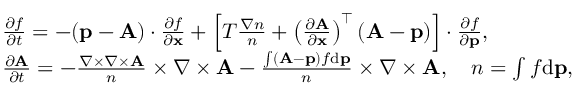
\begin{array} { r l } & { \frac { \partial f } { \partial t } = - ( { \mathbf p } - { \mathbf A } ) \cdot \frac { \partial f } { \partial { \mathbf x } } + \left[ T \frac { \nabla n } { n } + \left( \frac { \partial { \mathbf A } } { \partial \mathbf x } \right) ^ { \top } ( { \mathbf A } - { \mathbf p } ) \right] \cdot \frac { \partial f } { \partial { \mathbf p } } , } \\ & { \frac { \partial { \mathbf A } } { \partial t } = - \frac { \nabla \times \nabla \times { \mathbf A } } { n } \times { \nabla \times { \mathbf A } } - \frac { \int ( { \mathbf A } - { \mathbf p } ) f \mathrm { d } { \mathbf p } } { n } \times { \nabla \times { \mathbf A } } , \quad n = \int f \mathrm { d } { \mathbf p } , } \end{array}